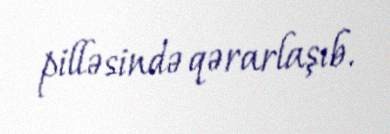
pilləsində qərarlaşıb.